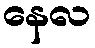
နေလ